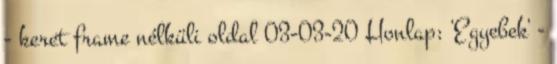
- keret frame nélküli oldal 03-03-20 Honlap: 'Egyebek' -